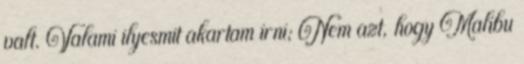
valt. Valami ilyesmit akartam irni; Nem azt, hogy Malibu